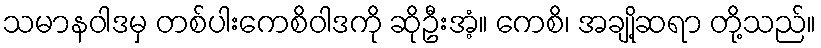
သမာနဝါဒမှ တစ်ပါးကေစိဝါဒကို ဆိုဦးအံ့။ ကေစိ၊ အချို့ဆရာ တို့သည်။